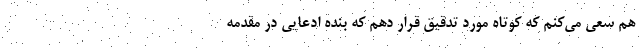
هم سعی می‌کنم که کوتاه مورد تدقیق قرار دهم که بنده ادعایی در مقدمه